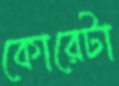
কোরেটা